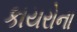
કાયરોના